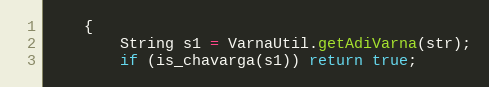
Language: Java
    {
        String s1 = VarnaUtil.getAdiVarna(str);
        if (is_chavarga(s1)) return true;